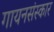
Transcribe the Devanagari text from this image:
गायनसंस्कार